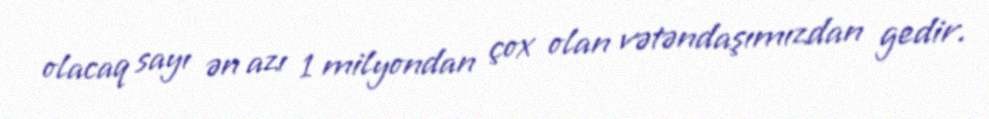
olacaq sayı ən azı 1 milyondan çox olan vətəndaşımızdan gedir.